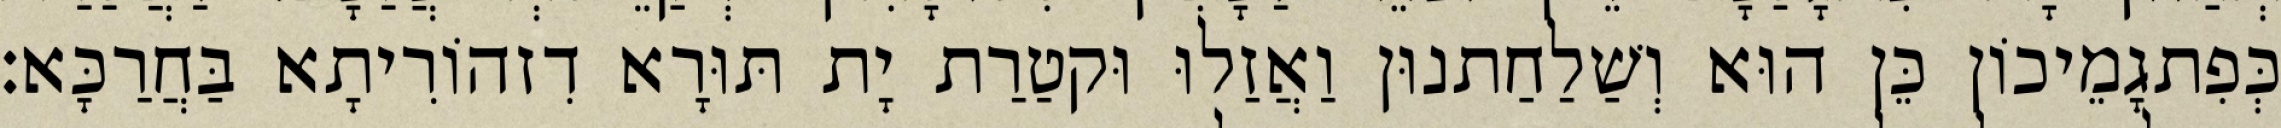
כְּפִתגָמֵיכוֹן כֵּן הוּא וְשַׁלַחַתנוּן וַאֲזַלוּ וּקטַרַת יָת תּוּרָא דִזהוֹרִיתָא בַּחֲרַכָּא׃